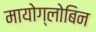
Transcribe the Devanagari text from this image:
मायोग्लोबिन